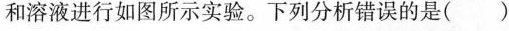
和溶液进行如图所示实验。下列分析错误的是()